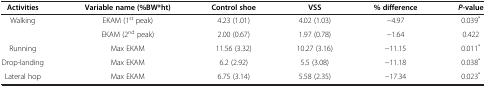
<table><thead><tr><td><b>Activities</b></td><td><b>Variable name (%BW*ht)</b></td><td><b>Control shoe</b></td><td><b>VSS</b></td><td><b>% difference</b></td><td><b><i>P</i>-value</b></td></tr></thead><tbody><tr><td rowspan="2">Walking</td><td>EKAM (1<sup>st</sup> peak)</td><td>4.23 (1.01)</td><td>4.02 (1.03)</td><td>−4.97</td><td>0.039<sup>*</sup></td></tr><tr><td>EKAM (2<sup>nd</sup> peak)</td><td>2.00 (0.67)</td><td>1.97 (0.78)</td><td>−1.64</td><td>0.422</td></tr><tr><td>Running</td><td>Max EKAM</td><td>11.56 (3.32)</td><td>10.27 (3.16)</td><td>−11.15</td><td>0.011<sup>*</sup></td></tr><tr><td>Drop-landing</td><td>Max EKAM</td><td>6.2 (2.92)</td><td>5.5 (3.08)</td><td>−11.18</td><td>0.038<sup>*</sup></td></tr><tr><td>Lateral hop</td><td>Max EKAM</td><td>6.75 (3.14)</td><td>5.58 (2.35)</td><td>−17.34</td><td>0.023<sup>*</sup></td></tr></tbody></table>